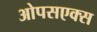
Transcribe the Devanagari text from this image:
ओपसएक्स